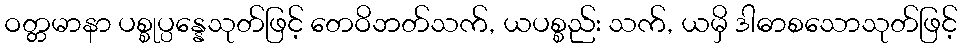
ဝတ္တမာနာ ပစ္စုပ္ပန္နေသုတ်ဖြင့် တေဝိဘတ်သက်, ယပစ္စည်း သက်, ယမှိ ဒါဓာစသောသုတ်ဖြင့်